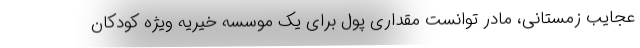
عجایب زمستانی، مادر توانست مقداری پول برای یک موسسه خیریه ویژه کودکان